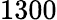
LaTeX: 1300